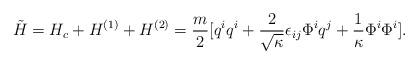
LaTeX: \begin{align*}\tilde H = H_c + H^{(1)} + H^{(2)} = \frac{m}{2} [ q^i q^i + \frac{2}{\sqrt{\kappa}} \epsilon_{ij} \Phi^i q^j + \frac{1}{\kappa} \Phi^i \Phi^i ].\end{align*}